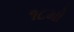
૧૮મો